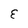
Character: E